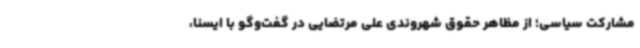
مشارکت سیاسی؛ از مظاهر حقوق شهروندی علی مرتضایی در گفت‌وگو با ایسنا،